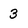
Character: 3